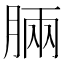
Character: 𣍷